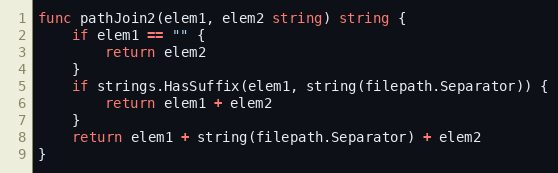
Language: Go
func pathJoin2(elem1, elem2 string) string {
	if elem1 == "" {
		return elem2
	}
	if strings.HasSuffix(elem1, string(filepath.Separator)) {
		return elem1 + elem2
	}
	return elem1 + string(filepath.Separator) + elem2
}